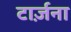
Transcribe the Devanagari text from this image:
टार्ज़ना